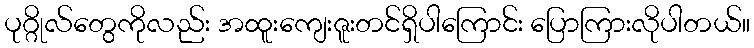
ပုဂ္ဂိုလ်တွေကိုလည်း အထူးကျေးဇူးတင်ရှိပါကြောင်း ပြောကြားလိုပါတယ်။